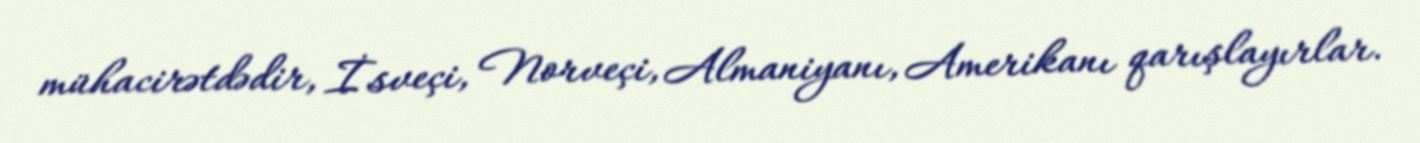
mühacirətdədir, İsveçi, Norveçi, Almaniyanı, Amerikanı qarışlayırlar.